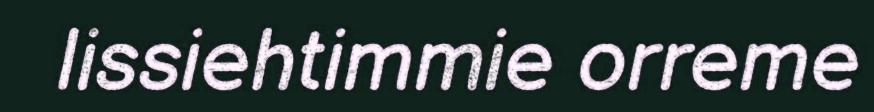
lissiehtimmie orreme